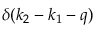
\delta ( k _ { 2 } - k _ { 1 } - q )